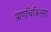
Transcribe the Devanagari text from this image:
प्राणचिकित्सा